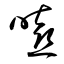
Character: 嘻